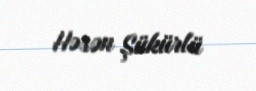
Həsən Şükürlü